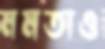
মমতাও